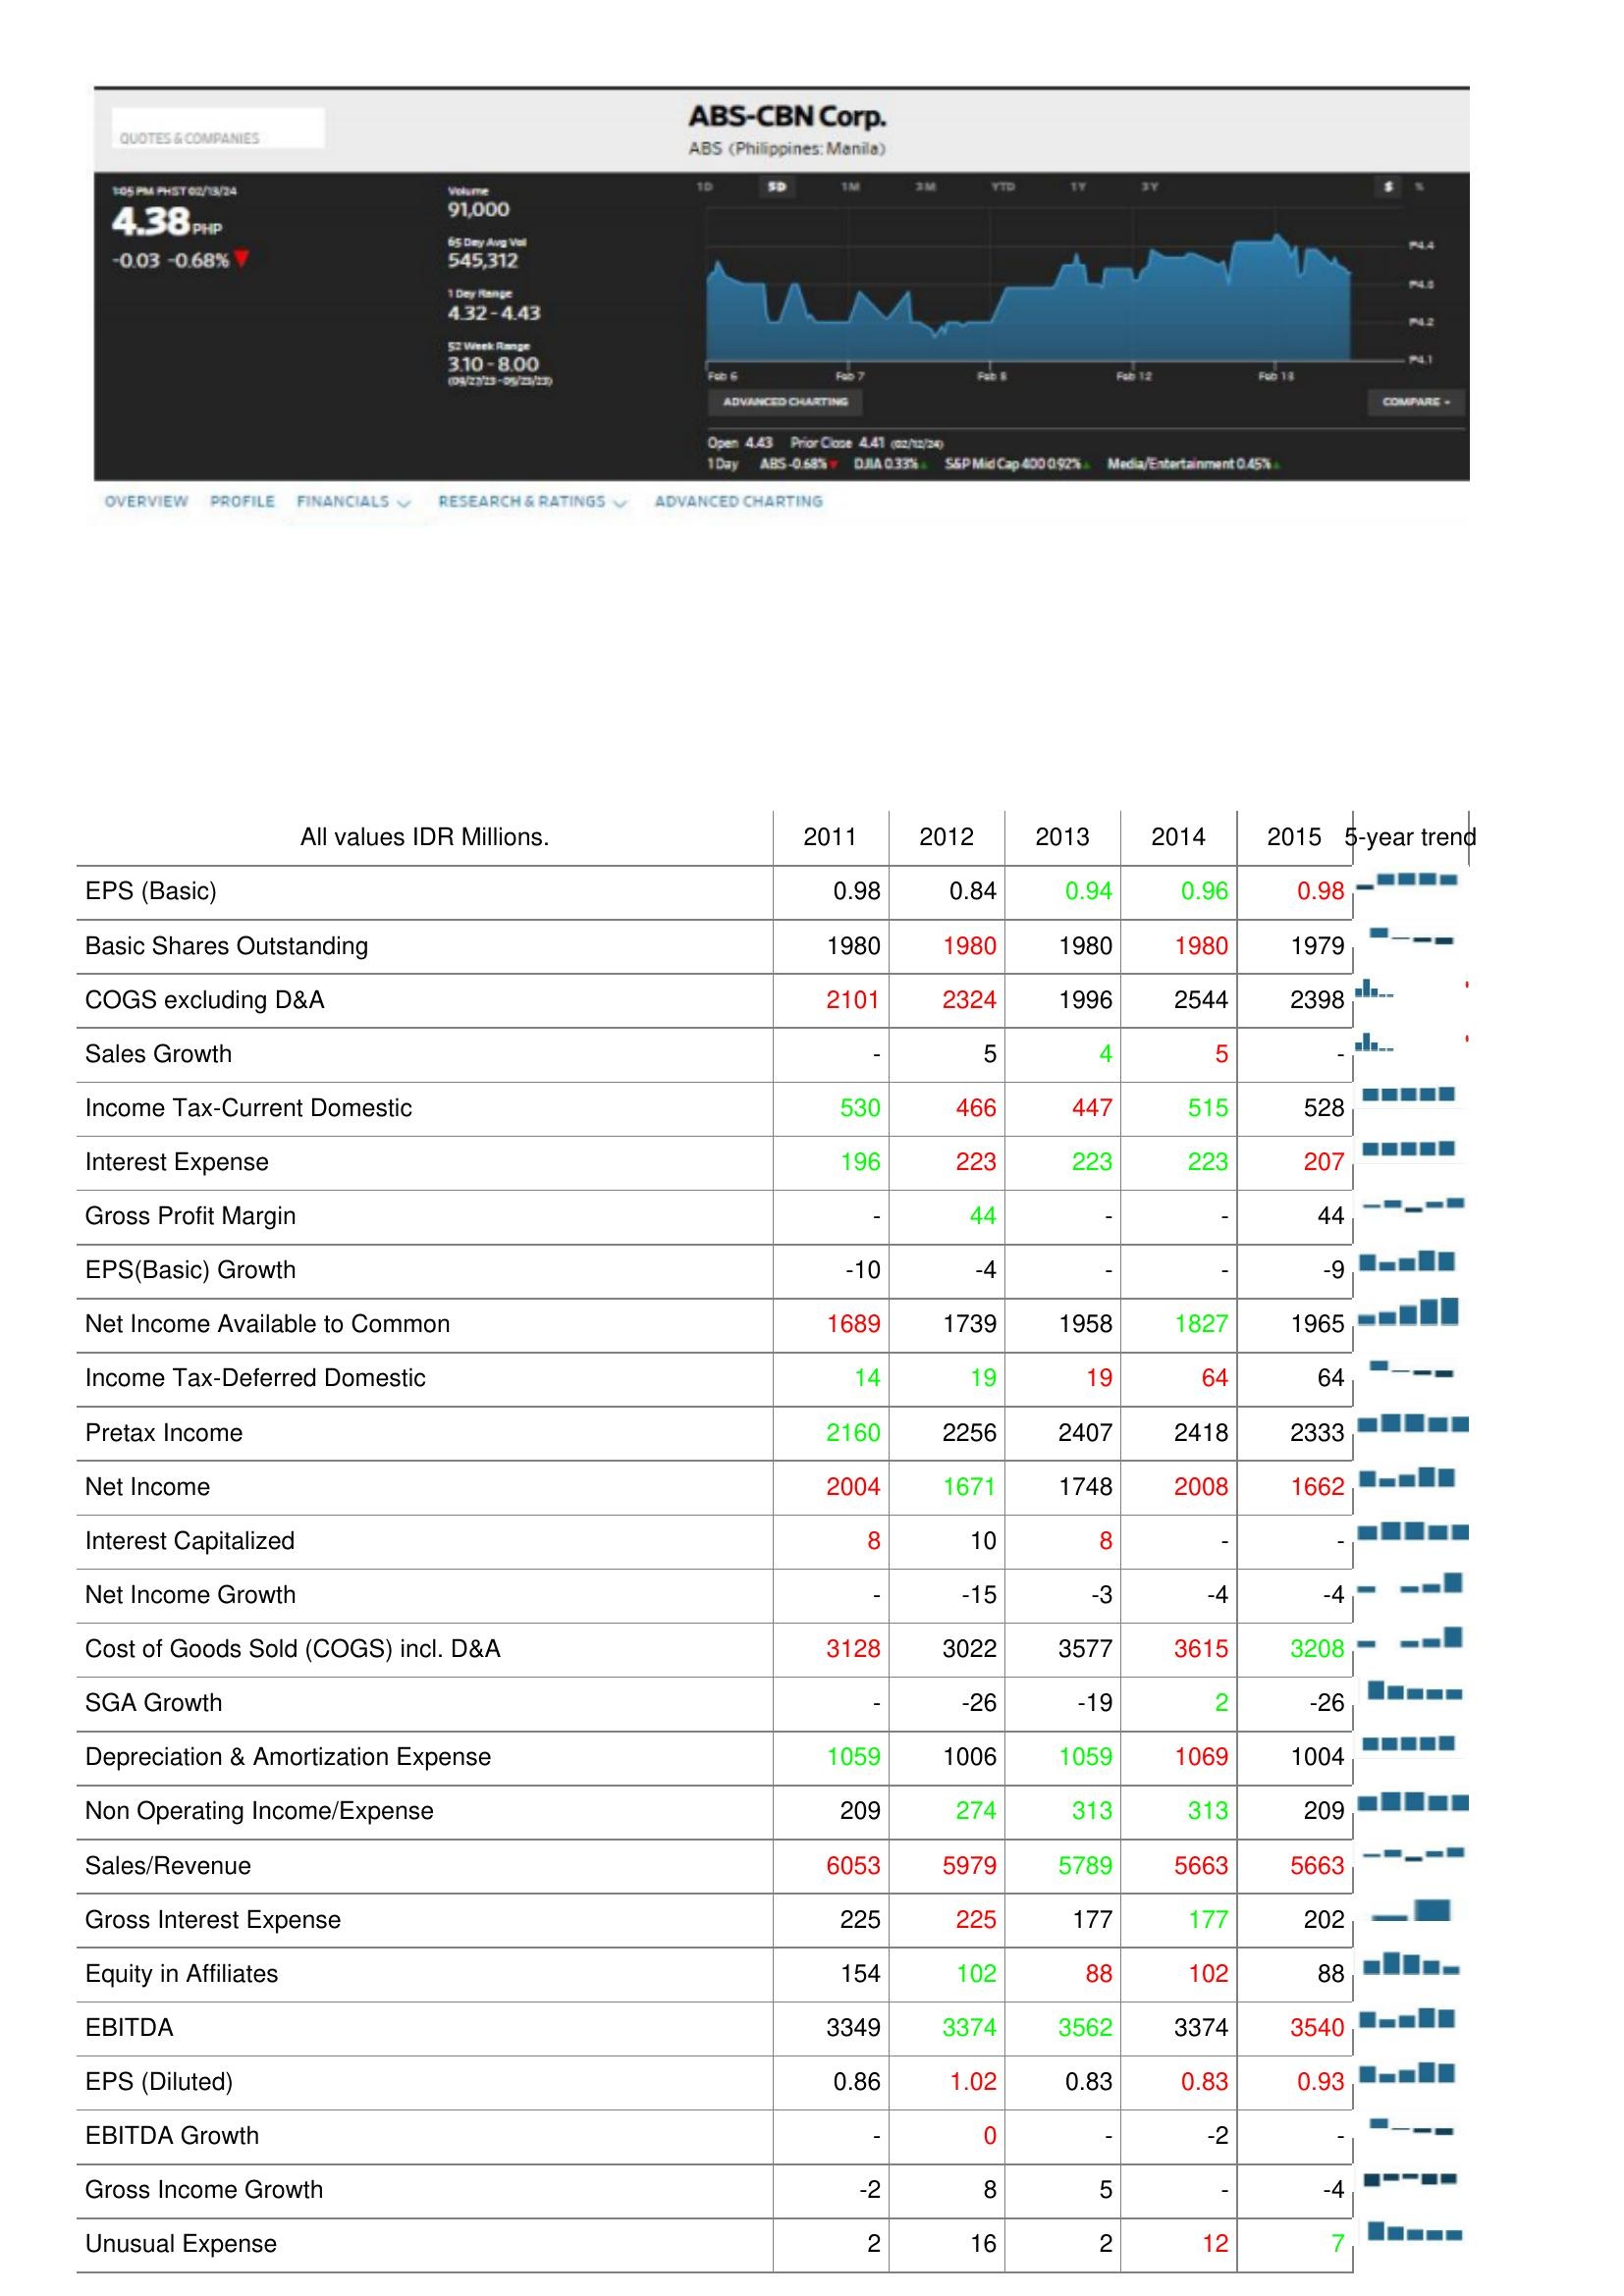
2011: : EPS (Basic): 0.98
Basic Shares Outstanding: 1980
COGS excluding D&A: 2101
Sales Growth: -
Income Tax-Current Domestic: 530
Interest Expense: 196
Gross Profit Margin: -
EPS(Basic) Growth: -10
Net Income Available to Common: 1689
Income Tax-Deferred Domestic: 14
Pretax Income: 2160
Net Income: 2004
Interest Capitalized: 8
Net Income Growth: -
Cost of Goods Sold (COGS) incl. D&A: 3128
SGA Growth: -
Depreciation & Amortization Expense: 1059
Non Operating Income/Expense: 209
Sales/Revenue: 6053
Gross Interest Expense: 225
Equity in Affiliates: 154
EBITDA: 3349
EPS (Diluted): 0.86
EBITDA Growth: -
Gross Income Growth: -2
Unusual Expense: 2
2012: : EPS (Basic): 0.84
Basic Shares Outstanding: 1980
COGS excluding D&A: 2324
Sales Growth: 5
Income Tax-Current Domestic: 466
Interest Expense: 223
Gross Profit Margin: 44
EPS(Basic) Growth: -4
Net Income Available to Common: 1739
Income Tax-Deferred Domestic: 19
Pretax Income: 2256
Net Income: 1671
Interest Capitalized: 10
Net Income Growth: -15
Cost of Goods Sold (COGS) incl. D&A: 3022
SGA Growth: -26
Depreciation & Amortization Expense: 1006
Non Operating Income/Expense: 274
Sales/Revenue: 5979
Gross Interest Expense: 225
Equity in Affiliates: 102
EBITDA: 3374
EPS (Diluted): 1.02
EBITDA Growth: 0
Gross Income Growth: 8
Unusual Expense: 16
2013: : EPS (Basic): 0.94
Basic Shares Outstanding: 1980
COGS excluding D&A: 1996
Sales Growth: 4
Income Tax-Current Domestic: 447
Interest Expense: 223
Gross Profit Margin: -
EPS(Basic) Growth: -
Net Income Available to Common: 1958
Income Tax-Deferred Domestic: 19
Pretax Income: 2407
Net Income: 1748
Interest Capitalized: 8
Net Income Growth: -3
Cost of Goods Sold (COGS) incl. D&A: 3577
SGA Growth: -19
Depreciation & Amortization Expense: 1059
Non Operating Income/Expense: 313
Sales/Revenue: 5789
Gross Interest Expense: 177
Equity in Affiliates: 88
EBITDA: 3562
EPS (Diluted): 0.83
EBITDA Growth: -
Gross Income Growth: 5
Unusual Expense: 2
2014: : EPS (Basic): 0.96
Basic Shares Outstanding: 1980
COGS excluding D&A: 2544
Sales Growth: 5
Income Tax-Current Domestic: 515
Interest Expense: 223
Gross Profit Margin: -
EPS(Basic) Growth: -
Net Income Available to Common: 1827
Income Tax-Deferred Domestic: 64
Pretax Income: 2418
Net Income: 2008
Interest Capitalized: -
Net Income Growth: -4
Cost of Goods Sold (COGS) incl. D&A: 3615
SGA Growth: 2
Depreciation & Amortization Expense: 1069
Non Operating Income/Expense: 313
Sales/Revenue: 5663
Gross Interest Expense: 177
Equity in Affiliates: 102
EBITDA: 3374
EPS (Diluted): 0.83
EBITDA Growth: -2
Gross Income Growth: -
Unusual Expense: 12
2015: : EPS (Basic): 0.98
Basic Shares Outstanding: 1979
COGS excluding D&A: 2398
Sales Growth: -
Income Tax-Current Domestic: 528
Interest Expense: 207
Gross Profit Margin: 44
EPS(Basic) Growth: -9
Net Income Available to Common: 1965
Income Tax-Deferred Domestic: 64
Pretax Income: 2333
Net Income: 1662
Interest Capitalized: -
Net Income Growth: -4
Cost of Goods Sold (COGS) incl. D&A: 3208
SGA Growth: -26
Depreciation & Amortization Expense: 1004
Non Operating Income/Expense: 209
Sales/Revenue: 5663
Gross Interest Expense: 202
Equity in Affiliates: 88
EBITDA: 3540
EPS (Diluted): 0.93
EBITDA Growth: -
Gross Income Growth: -4
Unusual Expense: 7